Memorandum on the prevention of leprosy by segregation of the affected
Disease focus: Leprosy
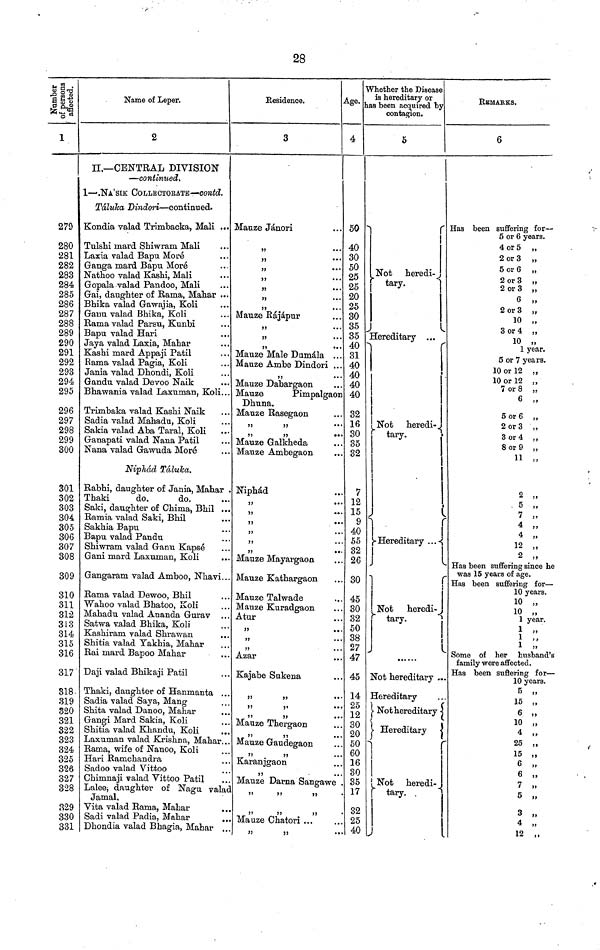
28
Number
of persons
affected.
1
279
280
281
282
283
284
285
286
287
288
289
290
291
292
293
294
295
296
297
298
299
300
301
302
303
304
305
306
307
308
309
310
311
312
314
315
316
317
318
319
320
321
322
323
324
325
326
327
328
329
330
331
Name of Leper.
2
II.— CENTRAL DIVISION
— continued.
1 — .NA'SIK COLLECTORATE — contd.
Táluka Dindori — continued.
Kondia valad Trimbacka" Mali ...
Tulshi mard Shiwram Mali
Laxia valad Bapu Moré
Ganga mard Bapu More
Nathoo valad Kashi" Mali
Gopala valad Pandoo" Mali
Gai" daughter of Rama" Mahar ...
Bhika valad Gawajia" Koli
Ganu valad Bhika" Koli
Rama valad Parsu" Kunbi
Bapu valad Hari
Jay a valad Laxia" Mahar
Kashi mard Appaji Patil
Rama valad Pagia" Koli
Jania valad Dhondi" Koli
Gandu valad Devoo Naik
Bhawania valad Laxuman" Koli...
Trimbaka valad Kashi Naik
Sadia valad Mahadu" Koli
Sakia valad Aba Taral" Koli
Ganapati valad Nana Patil
Nana valad Gawuda More
Niphád Táluka.
Rabhi" daughter of Jania" Mahar
Thaki
do.
do.
Saki" daughter of Chima" Bhil ..
Ramia valad Saki" Bhil
Sakhia Bapu
Bapu valad Pandu
Shiwram valad Ganu Kapsé
Gani mard Laxuman" Koli
Gangaram valad Amboo" Nhavi..
Rama valad Dewoo" Bhil
Wahoo valad Bhatoo" Koli
Mahadu valad Ananda Gurav ..
Satwa valad Bhika" Koli
Kashiram valad Shrawan
Shitia valad Takhia" Mahar
Rai mard Bapoo Mahar
Daji valad Bhikaji Patil
Thaki" daughter of Hanmanta ..
Sadia valad Saya" Mang
Shita valad Danoo" Mahar
Gangi Mard Sakia" Koli
Shitia valad Khandu" Koli
Laxuman valad Krishna" Mahar..
Rama" wife of Nanoo" Koli
Hari Ramchandra
Sadoo valad Vittoo
Chimnaji valad Vittoo Patil
Lalee; daughter of Nagu valad
Jamal.
Vita valad Rama" Mahar
Sadi valad Padia" Mahar
Dhondia valad Bhagia" Mahar
Residence.
3
Mauze Jánori
"
...
"
...
"
...
...
Mauze Rájápur
...
Mauze Male Dnmála ...
Mauze Ambe Dindori ...
Mauze Dabargaon
Mauze
Pimpalgaon
Dhuna.
Mauze Rasegaon
"
"
...
"
"
...
Mauze Galkheda
Mauze Ambegaon
Niphád
"
"
"
"
**
Mauze Mayargaon
Mauze Kathargaon
Mauze Talwade
Mauze Kuradgaon
Atur
"
" Azar
Kajabe Sakena
"
"
"
"
"
"
.
Mauze Thergaon
" " Mauze Gaudegaon
" " Karanjgaon
"
"
Mauze Darna Sangawe
"
"
"
"
"
"
Mauze Chatori ...
Age
4
50
40
30
50
25
25
20
25
30
35
35
40
31
40
40
40
40
32
16
30
35
32
7
12
15
9
40
55
32
26
30
45
30
32
38
27
47
45
14
25
12
30
20
50
60
16
30
35
17
32
25
40
Whether the Disease
is hereditary or
as been acquired by
contagion.
5
Not heredi-
"
tary.
Hereditary ...
[Not
heredi-
" tary.
Hereditary
...
Not heredi-
Not hereditary ..
Hereditary
Not hereditary
Hereditary
Not
heredi-
tary.
REMARKS.
6
Has been suffering for—
5 or 6 years.
4 or 5 "
2 or 3 „
5 or 6 „
2 or 3 "
2 or 3 „
6 „
2
or
3
10 "
3 or 4
"
10 „
5 or 7 years.
10 or 12 "
10 or 12 „
7 or 8
6 "
6
"
5 or 6 "
2 or 3
3 or 4
8 or 9
11 „
2
"
7 "
4 "
4
"
12
„
2 „
Has been suffering since he
was 15 years of age.
Has been suffering for —
10 years.
10 "
10 „
1 year.
1 "
1 „
Some of her husband's
family were affected.
Has been suftering for —
10 years.
5 „
15 „
6 „
10 „
4 „
25 „
15 "
6 "
6 "
7 "
5 "
4 "
12 „